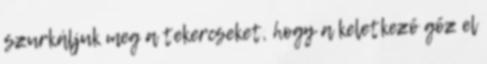
szurkáljuk meg a tekercseket, hogy a keletkező gőz el